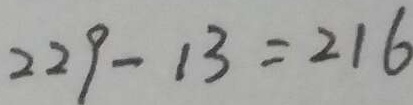
2 2 9 - 1 3 = 2 1 6